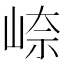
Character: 𪨼